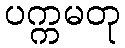
ပက္ကမတု